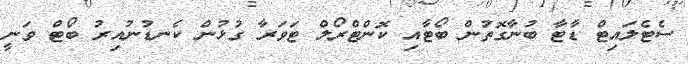
ސެޓެލައިޓް ޑާޓާ ބުނާގޮތުން ބޯޓާއި ކޮންޓްރޯލް ޓަވަރާ ގުޅުން ކެނޑުނުއިރު ބޯޓް ވަނީ